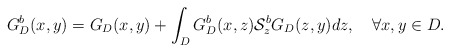
\begin{align*}G_{D}^{b}(x,y)=G_{D}(x,y)+\int_{D}G_{D}^{b}(x,z)\mathcal{S}^{b}_{z}G_{D}(z,y)dz,\quad\forall x,y\in D.\end{align*}